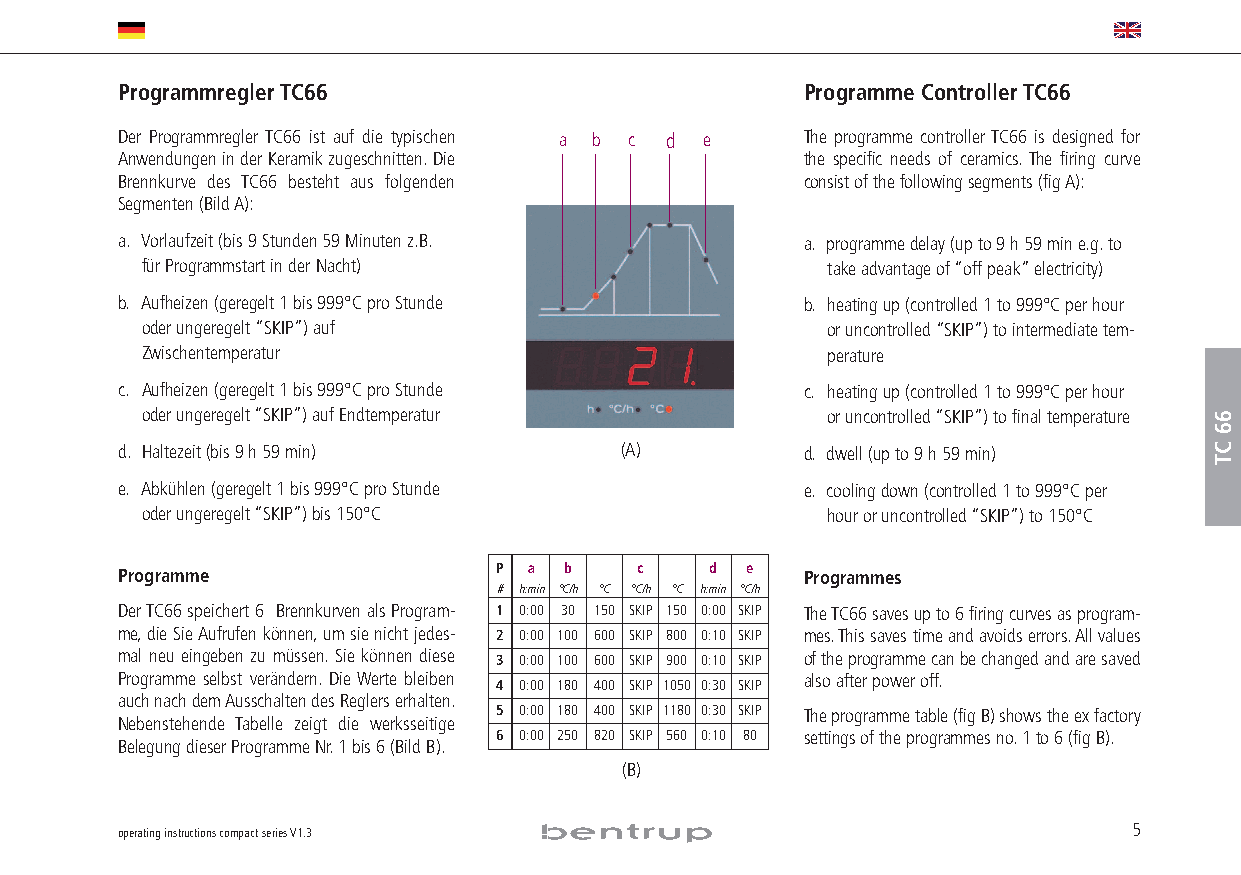
Programmregler TC66                          Programme Controller TC66
 Der Programmregler TC66 ist auf die typischen a b c d e The programme controller TC66 is designed for
 Anwendungen in der Keramik zugeschnitten.Die the specific needs of ceramics. The firing curve
 Brennkurve des TC66 besteht aus folgenden    consist of the following segments (fig A):
 Segmenten (Bild A):
 a. Vorlaufzeit (bis 9 Stunden 59 Minuten z.B. a. programme delay (up to 9 h 59 min e.g.to
 für Programmstart in der Nacht)               take advantage of “off peak”electricity)
 b. Aufheizen (geregelt 1 bis 999°C pro Stunde b. heating up (controlled 1 to 999°C per hour
 oder ungeregelt “SKIP”) auf                   or uncontrolled “SKIP”) to intermediate tem-
 Zwischentemperatur                            perature
 c. Aufheizen (geregelt 1 bis 999°C pro Stunde c. heating up (controlled 1 to 999°C per hour
 oder ungeregelt “SKIP”) auf Endtemperatur     or uncontrolled “SKIP”) to final temperature
 d. Haltezeit (bis 9 h 59 min)    (A)         d. dwell (up to 9 h 59 min)
 e. Abkühlen (geregelt 1 bis 999°C pro Stunde e. cooling down (controlled 1 to 999°C per
 oder ungeregelt “SKIP”) bis 150°C             hour or uncontrolled “SKIP”) to 150°C
 Programme                P a b    c    d e   Programmes
 # h:min °C/h °C °C/h °C h:min °C/h
 Der TC66 speichert 6 Brennkurven als Program- 1 0:00 30 150 SKIP 150 0:00 SKIP The TC66 saves up to 6 firing curves as program-
 me,die Sie Aufrufen können,um sie nicht jedes- 2 0:00 100 600 SKIP 800 0:10 SKIP mes.This saves time and avoids errors.All values
 mal neu eingeben zu müssen.Sie können diese 3 0:00 100 600 SKIP 900 0:10 SKIP of the programme can be changed and are saved
 Programme selbst verändern. Die Werte bleiben 4 0:00 180 400 SKIP 1050 0:30 SKIP also after power off.
 auch nach dem Ausschalten des Reglers erhalten.
 5 0:00 180 400 SKIP 1180 0:30 SKIP The programme table (fig B) shows the ex factory
 Nebenstehende Tabelle zeigt die werksseitige
 6 0:00 250 820 SKIP 560 0:10 80 settings of the programmes no.1to 6 (fig B).
 Belegung dieser Programme Nr.1 bis 6 (Bild B).
 (B)
 operating instructions compact series V1.3                         5
 66
 CT